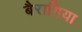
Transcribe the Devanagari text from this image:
बैरागिया